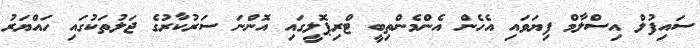
ސައިފުލް އިސްލާމް ފިޔަވައި އެހެން އެންމެންތިބީ ޓްރިޕޮލީގައި އޮންނަ ސަރުކާރުގެ ޖަލުތަކުގައި ހައްޔަރު